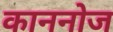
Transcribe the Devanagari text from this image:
काननोज